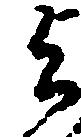
与